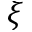
\xi